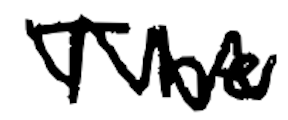
Text: The
Cross-out: zig-zag
Writing tool: digital_black